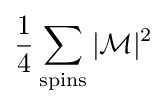
{\frac {1}{4}}\sum _{\mathrm {spins} }|{\mathcal {M}}|^{2}